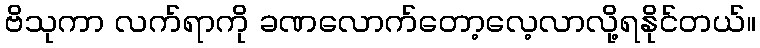
ဗိသုကာ လက်ရာကို ခဏလောက်တော့လေ့လာလို့ရနိုင်တယ်။